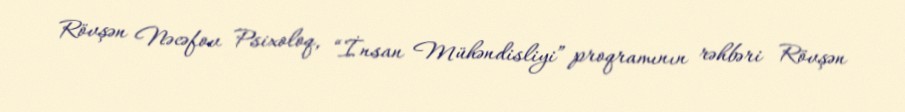
Rövşən Nəcəfov Psixoloq, “İnsan Mühəndisliyi” proqramının rəhbəri Rövşən